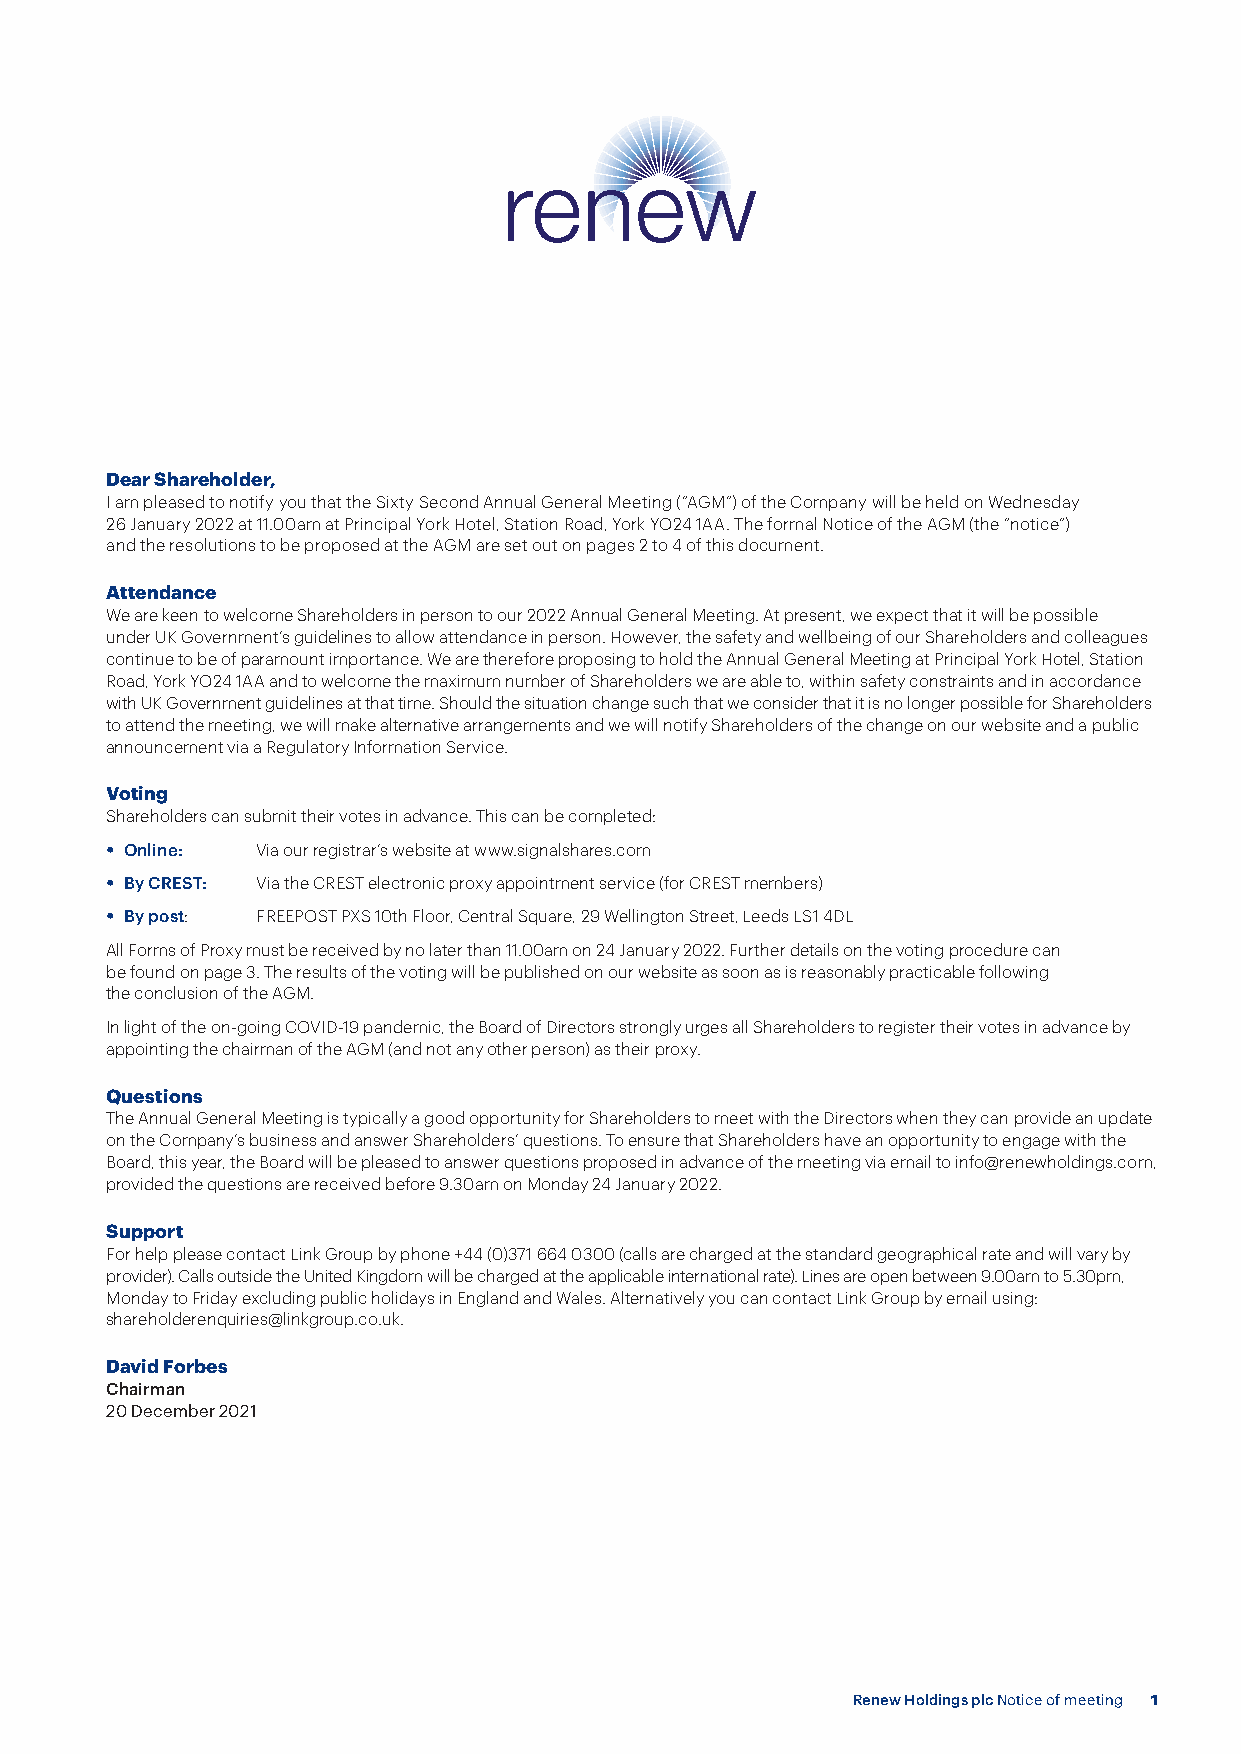
Dear Shareholder,
 I am pleased to notify you that the Sixty Second Annual General Meeting (“AGM”) of the Company will be held on Wednesday
 26 January 2022 at 11.00am at Principal York Hotel, Station Road, York YO24 1AA. The formal Notice of the AGM (the “notice”)
 and the resolutions to be proposed at the AGM are set out on pages 2 to 4 of this document.
 Attendance
 We are keen to welcome Shareholders in person to our 2022 Annual General Meeting. At present, we expect that it will be possible
 under UK Government’s guidelines to allow attendance in person. However, the safety and wellbeing of our Shareholders and colleagues
 continue to be of paramount importance. We are therefore proposing to hold the Annual General Meeting at Principal York Hotel, Station
 Road, York YO24 1AA and to welcome the maximum number of Shareholders we are able to, within safety constraints and in accordance
 with UK Government guidelines at that time. Should the situation change such that we consider that it is no longer possible for Shareholders
 to attend the meeting, we will make alternative arrangements and we will notify Shareholders of the change on our website and a public
 announcement via a Regulatory Information Service.
 Voting
 Shareholders can submit their votes in advance. This can be completed:
 • Online: Via our registrar’s website at www.signalshares.com
 • By CREST: Via the CREST electronic proxy appointment service (for CREST members)
 • By post: FREEPOST PXS 10th Floor, Central Square, 29 Wellington Street, Leeds LS1 4DL
 All Forms of Proxy must be received by no later than 11.00am on 24 January 2022. Further details on the voting procedure can
 be found on page 3. The results of the voting will be published on our website as soon as is reasonably practicable following
 the conclusion of the AGM.
 In light of the on-going COVID-19 pandemic, the Board of Directors strongly urges all Shareholders to register their votes in advance by
 appointing the chairman of the AGM (and not any other person) as their proxy.
 Questions
 The Annual General Meeting is typically a good opportunity for Shareholders to meet with the Directors when they can provide an update
 on the Company’s business and answer Shareholders’ questions. To ensure that Shareholders have an opportunity to engage with the
 Board, this year, the Board will be pleased to answer questions proposed in advance of the meeting via email to info@renewholdings.com,
 provided the questions are received before 9.30am on Monday 24 January 2022.
 Support
 For help please contact Link Group by phone +44 (0)371 664 0300 (calls are charged at the standard geographical rate and will vary by
 provider). Calls outside the United Kingdom will be charged at the applicable international rate). Lines are open between 9.00am to 5.30pm,
 Monday to Friday excluding public holidays in England and Wales. Alternatively you can contact Link Group by email using:
 shareholderenquiries@linkgroup.co.uk.
 David Forbes
 Chairman
 20 December 2021
 Renew Holdings plc Notice of meeting 1